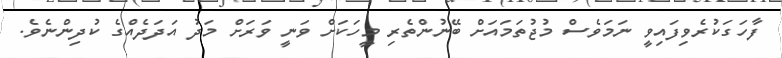
ފާހަގަކުރެވިފައިވީ ނަމަވެސް މުޖުތަމައަށް ބޭނުންތެރި މީހަކަށް ވަނީ ވަރަށް މަދު އަދަދެއްގެ ކުދިންނެވެ.